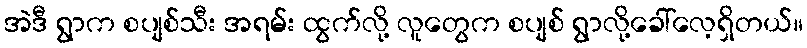
အဲဒီ ရွာက စပျစ်သီး အရမ်း ထွက်လို့ လူတွေက စပျစ် ရွာလို့ခေါ်လေ့ရှိတယ်။